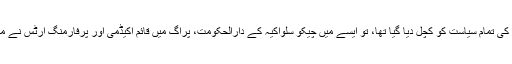
چُوں کہ حزبِ اختلاف کی تمام سیاست کو کُچل دیا گیا تھا، تو ایسے میں چیکو سلواکیہ کے دارالحکومت، پراگ میں قائم اکیڈمی اور پرفارمنگ آرٹس نے مزاحمت کا عَلم بلند کیا۔